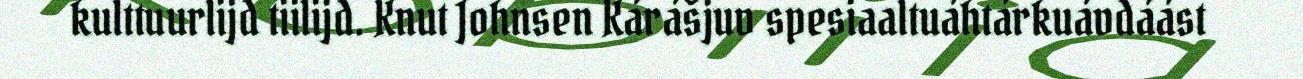
kulttuurlijd tiilijd. Knut Johnsen Kárášjuv spesiaaltuáhtárkuávdáást